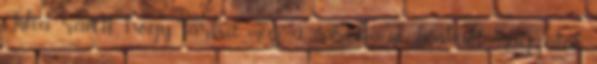
Júlia rávett, hogy tartsa meg a váratlanul “beakadt” magzatát.